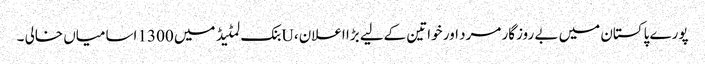
پورے پاکستان میں بے روزگار مرد اور خواتین کےلیے بڑا اعلان، Uبنک لمٹیڈ میں 1300 اسامیاں خالی ۔